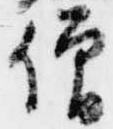
僧